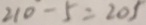
2 1 0 - 5 = 2 0 5